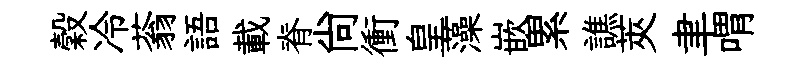
穀冷蓊語載脊尙衝皇藻嵌累譙莢聿喟